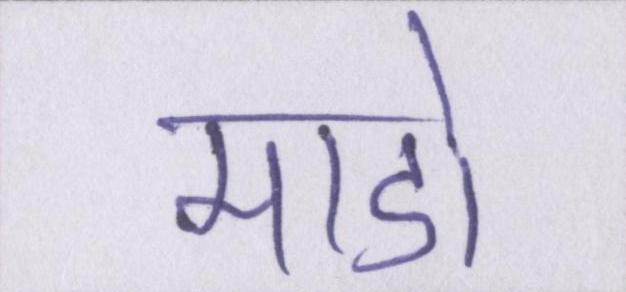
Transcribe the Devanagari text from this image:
माडो